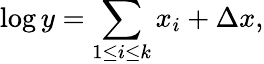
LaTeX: \log y=\sum_{1\leq i\leq k}x_{i}+\Delta x,